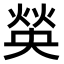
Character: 𤋍